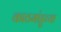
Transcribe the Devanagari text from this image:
काठमांडुच्या